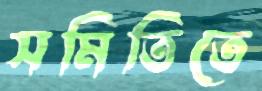
সমিতিতে